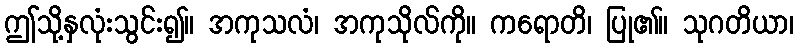
ဤသို့နှလုံးသွင်း၍။ အကုသလံ၊ အကုသိုလ်ကို။ ကရောတိ၊ ပြု၏။ သုဂတိယာ၊